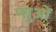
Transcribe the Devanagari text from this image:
प्शुओं